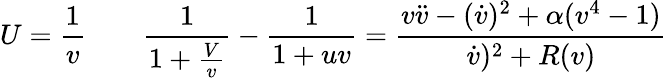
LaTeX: U={\frac{1}{v}}\qquad{\frac{1}{1+{\frac{V}{v}}}}-{\frac{1}{1+uv}}=\frac{v\ddot{v}-(\dot{v})^{2}+\alpha(v^{4}-1)}{\dot{v})^{2}+R(v)}